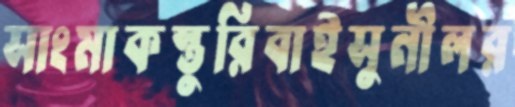
সাংমাকস্তুরিবাইসুনীলর